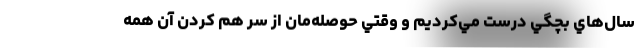
سال‌هاي بچگي درست مي‌كرديم و وقتي حوصله‌مان از سر هم كردن آن همه